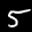
Label: 5